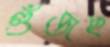
গুঁজছ